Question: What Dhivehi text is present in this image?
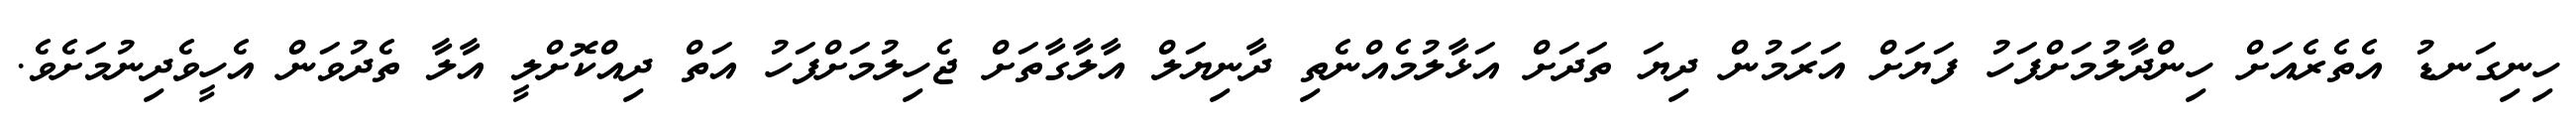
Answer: ހިނިގަނޑު އެތެރެއަށް ހިންދާލުމަށްފަހު ފަޔަށް އަރަމުން ދިޔަ ތަދަށް އަޅާލުމެއްނެތި ދާނިޔަލް އާލާގާތަށް ޖެހިލުމަށްފަހު އަތް ދިއްކޮށްލީ އާލާ ތެދުވަން އެހީވެދިނުމަށެވެ.